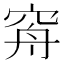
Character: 𥥳